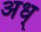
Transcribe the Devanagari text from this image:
अध्